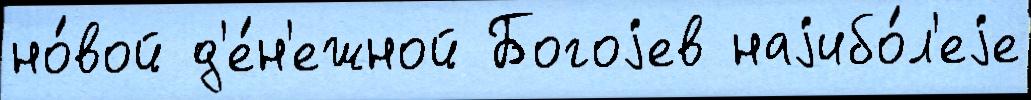
но́вой д'е́н'ежной Богоjев наjибо́л'еjе